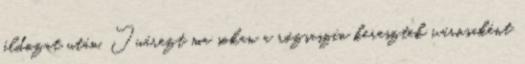
áldozat után. Juárezt ma sokan a rózsaszín keresztek városaként